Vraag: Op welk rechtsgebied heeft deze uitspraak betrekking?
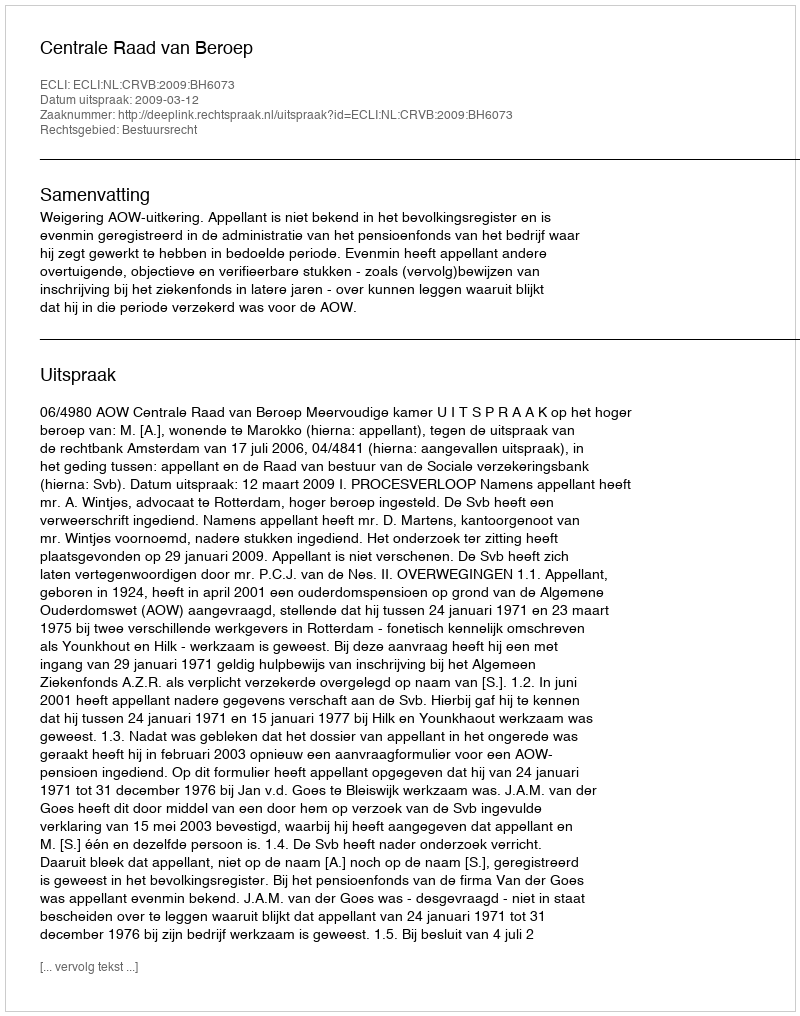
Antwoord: Bestuursrecht